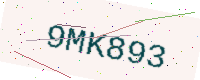
Text: 9MK893